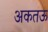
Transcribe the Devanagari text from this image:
अकतऊ